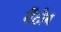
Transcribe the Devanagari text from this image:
येंटोब